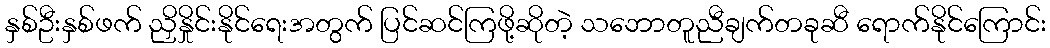
နှစ်ဦးနှစ်ဖက် ညှိနှိုင်းနိုင်ရေးအတွက် ပြင်ဆင်ကြဖို့ဆိုတဲ့ သဘောတူညီချက်တခုဆီ ရောက်နိုင်ကြောင်း